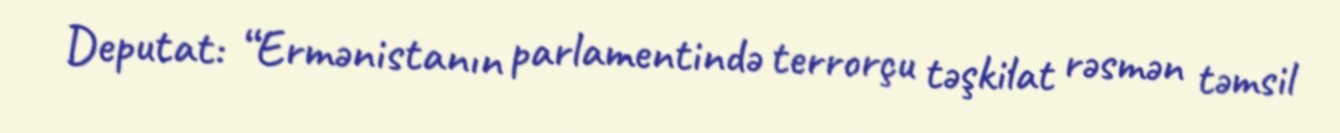
Deputat: “Ermənistanın parlamentində terrorçu təşkilat rəsmən təmsil